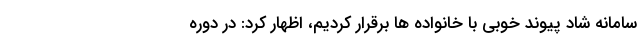
سامانه شاد پیوند خوبی با خانواده ها برقرار کردیم، اظهار کرد: در دوره